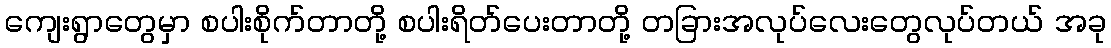
ကျေးရွာတွေမှာ စပါးစိုက်တာတို့ စပါးရိတ်ပေးတာတို့ တခြားအလုပ်လေးတွေလုပ်တယ် အခု